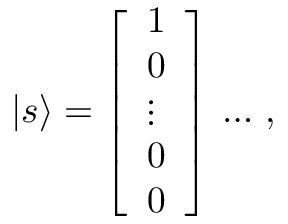
| s \rangle = { \left[ \begin{array} { l } { 1 } \\ { 0 } \\ { \vdots } \\ { 0 } \\ { 0 } \end{array} \right] } \, \ldots \, ,